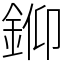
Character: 𨦪